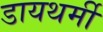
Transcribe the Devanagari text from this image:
डायथर्मी